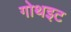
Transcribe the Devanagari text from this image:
गोथइट